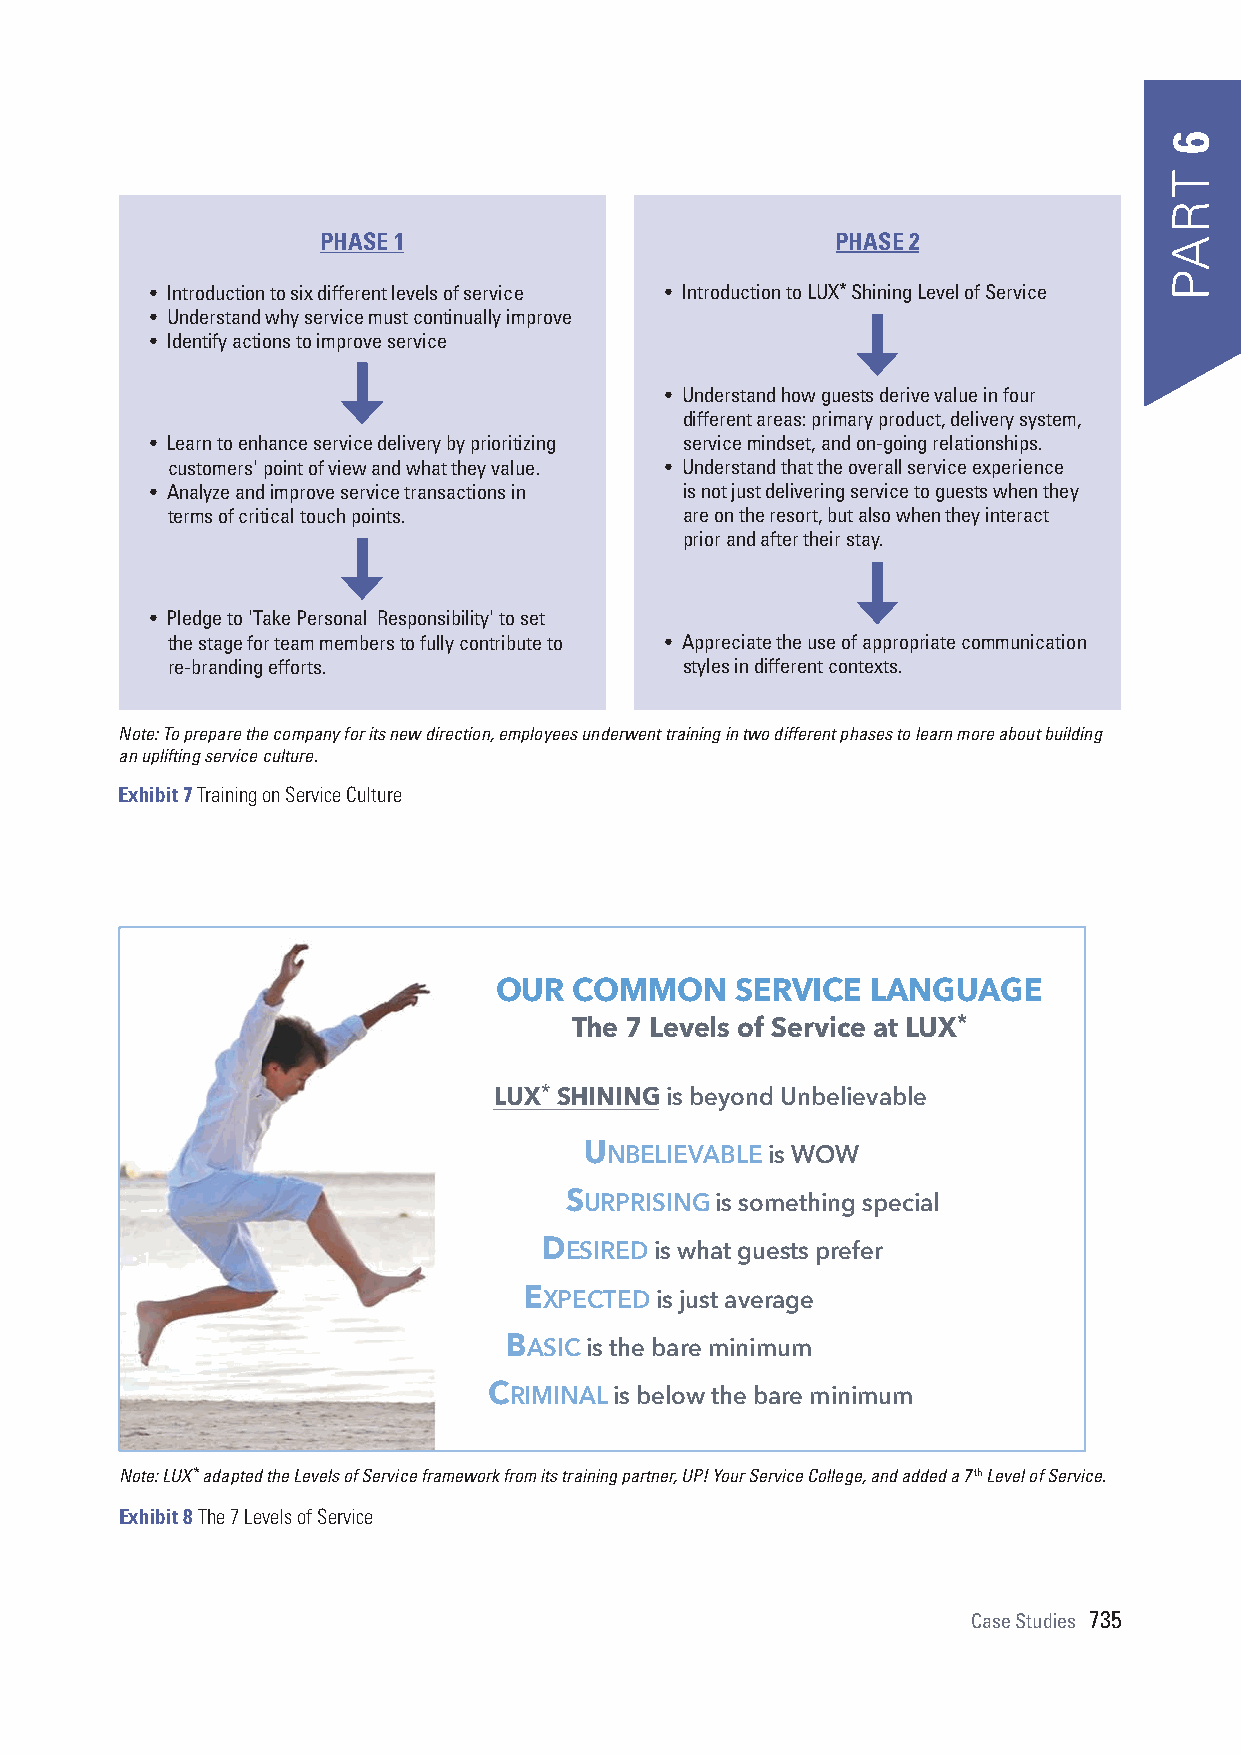
PHASE 1                           PHASE 2
 • Introduction to six different levels of service • Introduction to LUX* Shining Level of Service
 • Understand why service must continually improve
 • Identify actions to improve service
 • Understand how guests derive value in four
 different areas: primary product, delivery system,
 • Learn to enhance service delivery by prioritizing service mindset, and on-going relationships.
 customers' point of view and what they value. • Understand that the overall service experience
 • Analyze and improve service transactions in is not just delivering service to guests when they
 terms of critical touch points.   are on the resort, but also when they interact
 prior and after their stay.
 • Pledge to 'Take Personal Responsibility' to set
 the stage for team members to fully contribute to • Appreciate the use of appropriate communication
 re-branding efforts.              styles in different contexts.
 Note: To prepare the company for its new direction, employees underwent training in two different phases to learn more about building
 an uplifting service culture.
 Exhibit 7 Training on Service Culture
 OUR  COMMON     SERVICE  LANGUAGE
 *
 The 7 Levels of Service at LUX
 *
 LUX SHINING is beyond Unbelievable
 UNBELIEVABLE is WOW
 SURPRISING is something special
 DESIRED is what guests prefer
 EXPECTED is just average
 BASIC is the bare minimum
 CRIMINAL is below the bare minimum
 Note: LUX* adapted the Levels of Service framework from its training partner, UP! Your Service College, and added a 7th Level of Service.
 Exhibit 8 The 7 Levels of Service
 Case Studies 735
 TRAP
 6